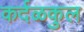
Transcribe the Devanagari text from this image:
कर्दळकुल